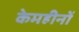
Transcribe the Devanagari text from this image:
केमहीनों